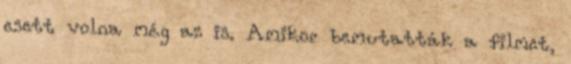
esett volna még az is. Amikor bemutatták a filmet,